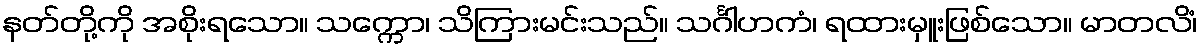
နတ်တို့ကို အစိုးရသော။ သက္ကော၊ သိကြားမင်းသည်။ သင်္ဂါဟကံ၊ ရထားမှူးဖြစ်သော။ မာတလိံ၊